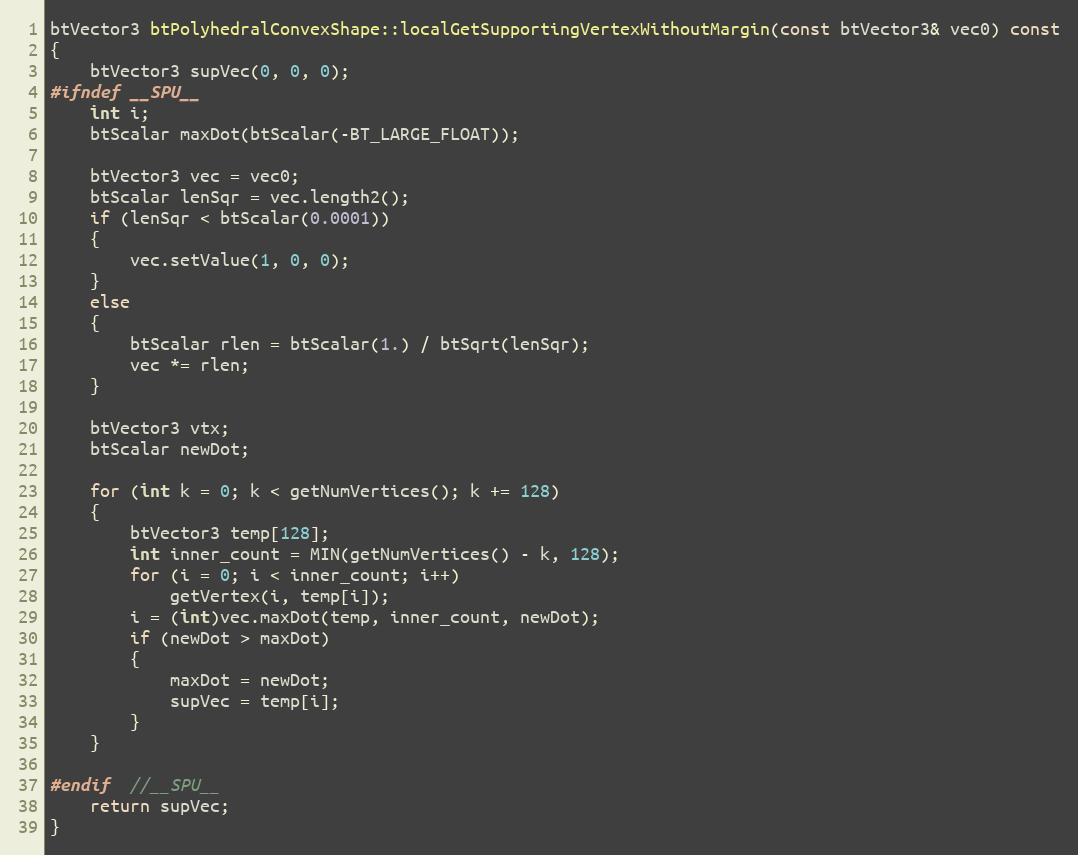
Language: C++
btVector3 btPolyhedralConvexShape::localGetSupportingVertexWithoutMargin(const btVector3& vec0) const
{
	btVector3 supVec(0, 0, 0);
#ifndef __SPU__
	int i;
	btScalar maxDot(btScalar(-BT_LARGE_FLOAT));

	btVector3 vec = vec0;
	btScalar lenSqr = vec.length2();
	if (lenSqr < btScalar(0.0001))
	{
		vec.setValue(1, 0, 0);
	}
	else
	{
		btScalar rlen = btScalar(1.) / btSqrt(lenSqr);
		vec *= rlen;
	}

	btVector3 vtx;
	btScalar newDot;

	for (int k = 0; k < getNumVertices(); k += 128)
	{
		btVector3 temp[128];
		int inner_count = MIN(getNumVertices() - k, 128);
		for (i = 0; i < inner_count; i++)
			getVertex(i, temp[i]);
		i = (int)vec.maxDot(temp, inner_count, newDot);
		if (newDot > maxDot)
		{
			maxDot = newDot;
			supVec = temp[i];
		}
	}

#endif  //__SPU__
	return supVec;
}